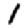
Digit: 1